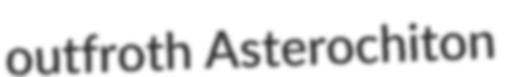
outfroth Asterochiton